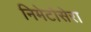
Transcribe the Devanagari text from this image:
निमेटोसेरा